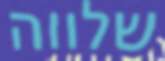
שלווה